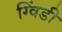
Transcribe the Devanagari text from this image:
ग्विंडी